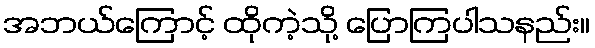
အဘယ်ကြောင့် ထိုကဲ့သို့ ပြောကြပါသနည်း။